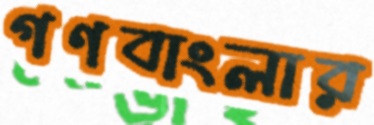
গণবাংলার